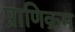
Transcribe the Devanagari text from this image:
प्राणिक्रम